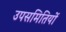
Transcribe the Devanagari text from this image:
उपसमितियों